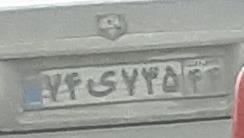
۷۴ی۷۳۵۴۴